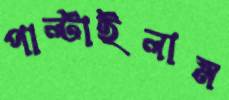
পাল্‌টাইলাম